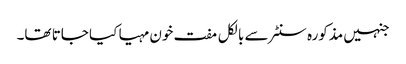
جنہیں مذکورہ سنٹر سے بالکل مفت خون مہیا کیا جاتا تھا۔